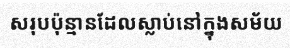
សរុបប៉ុន្មានដែលស្លាប់នៅក្នុងសម័យ